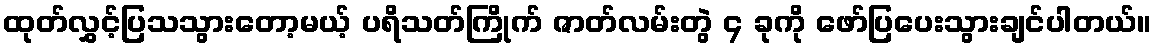
ထုတ်လွှင့်ပြသသွားတော့မယ့် ပရိသတ်ကြိုက် ဇာတ်လမ်းတွဲ ၄ ခုကို ဖော်ပြပေးသွားချင်ပါတယ်။